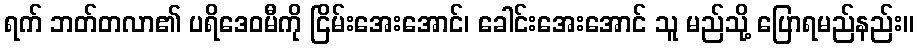
ရက် ဘတ်တလာ၏ ပရိဒေဝမီကို ငြိမ်းအေးအောင်၊ ခေါင်းအေးအောင် သူ မည်သို့ ပြောရမည်နည်း။